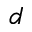
d